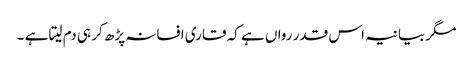
مگر بیانیہ اس قدر رواں ہے کہ قاری افسانہ پڑھ کر ہی دم لیتا ہے ۔